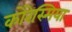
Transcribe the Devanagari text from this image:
कोरेस्मिया